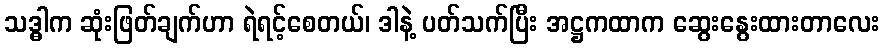
သဒ္ဓါက ဆုံးဖြတ်ချက်ဟာ ရဲရင့်စေတယ်၊ ဒါနဲ့ ပတ်သက်ပြီး အဋ္ဌကထာက ဆွေးနွေးထားတာလေး